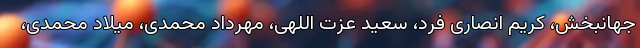
جهانبخش، کریم انصاری فرد، سعید عزت اللهی، مهرداد محمدی، میلاد محمدی،